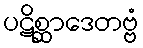
ပဋိစ္ဆာဒေတဗ္ဗံ